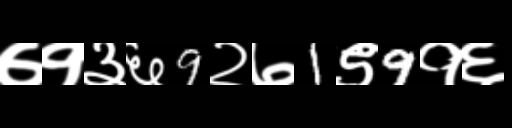
Text: ७१३६9२७1९9१६